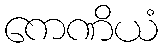
ကေဏိယံ